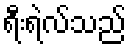
ရီးရဲလ်သည်